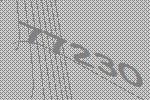
77230